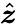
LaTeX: \hat{\boldsymbol{z}}